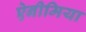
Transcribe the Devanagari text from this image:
ऐनीमिया